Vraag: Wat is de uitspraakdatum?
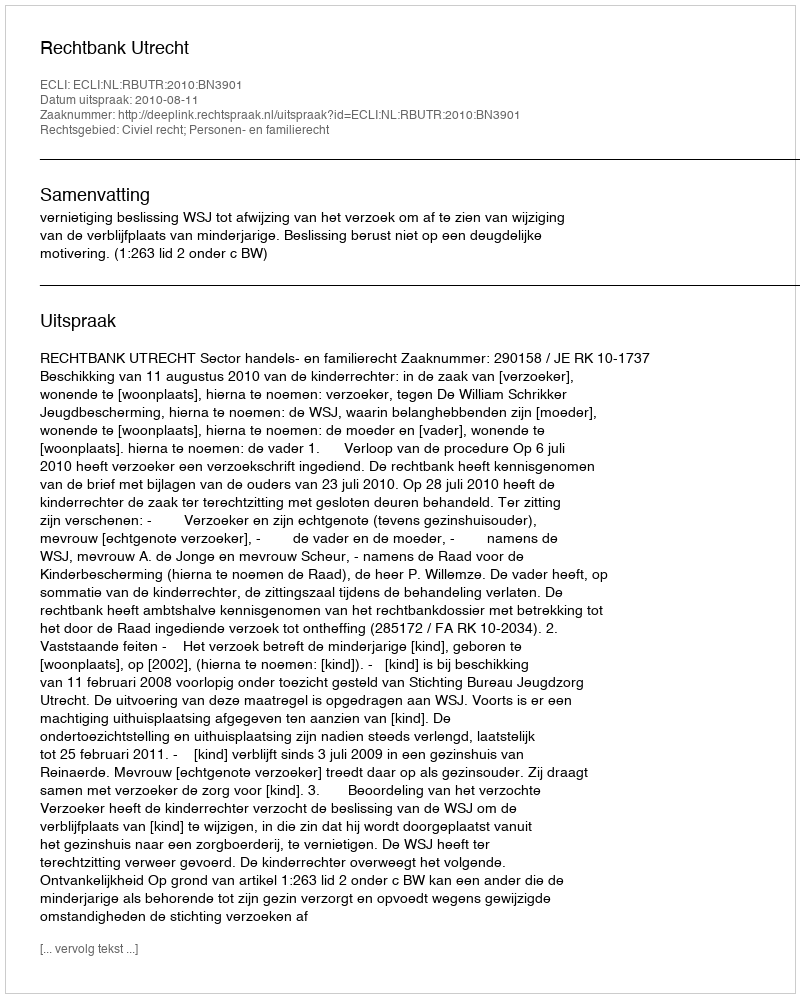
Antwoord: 2010-08-11